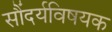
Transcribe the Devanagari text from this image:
सौंदर्यविषयक